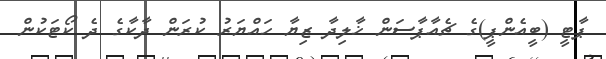
ޕާޓީ (ބީއެންޕީ)ގެ ޗެއާޕާސަން ޚާލިދާ ޒިޔާ ހައްޔަރު ކުރަން ދާކާގެ ދެ ކޯޓަކުން